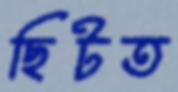
ছিটত